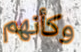
وكأنهم